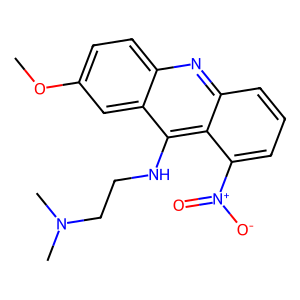
SMILES: COc1ccc2nc3cccc([N+](=O)[O-])c3c(NCCN(C)C)c2c1
Inhibits HIV replication: No